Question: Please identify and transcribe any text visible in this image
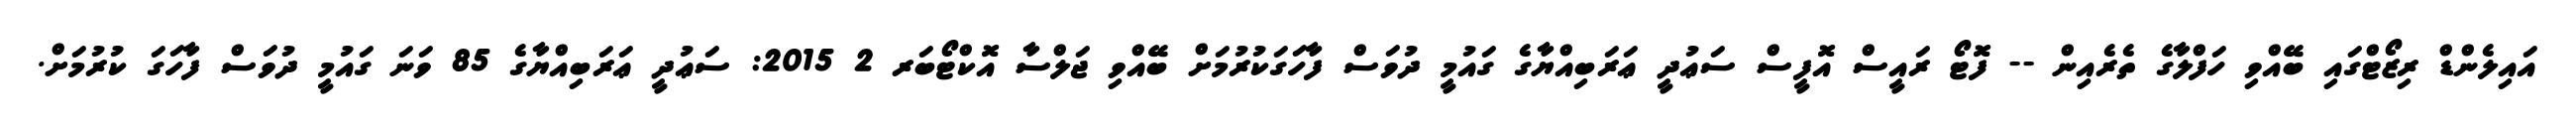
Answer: އައިލެންޑް ރިޒޯޓްގައި ބޭއްވި ހަފްލާގެ ތެރެއިން -- ފޮޓޯ ރައީސް އޮފީސް ސަޢުދީ ޢަރަބިއްޔާގެ ގައުމީ ދުވަސް ފާހަގަކުރުމަށް ބޭއްވި ޖަލްސާ އޮކްޓޯބަރ 2 2015: ސަޢުދީ ޢަރަބިއްޔާގެ 85 ވަނަ ގައުމީ ދުވަސް ފާހަގަ ކުރުމަށް.